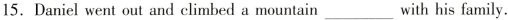
15. Daniel went out and climbed a mountain ___ with his family.